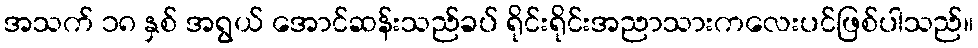
အသက် ၁၈ နှစ် အရွယ် အောင်ဆန်းသည်ခပ် ရိုင်းရိုင်းအညာသားကလေးပင်ဖြစ်ပါသည်။